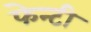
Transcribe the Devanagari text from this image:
फेन्टी